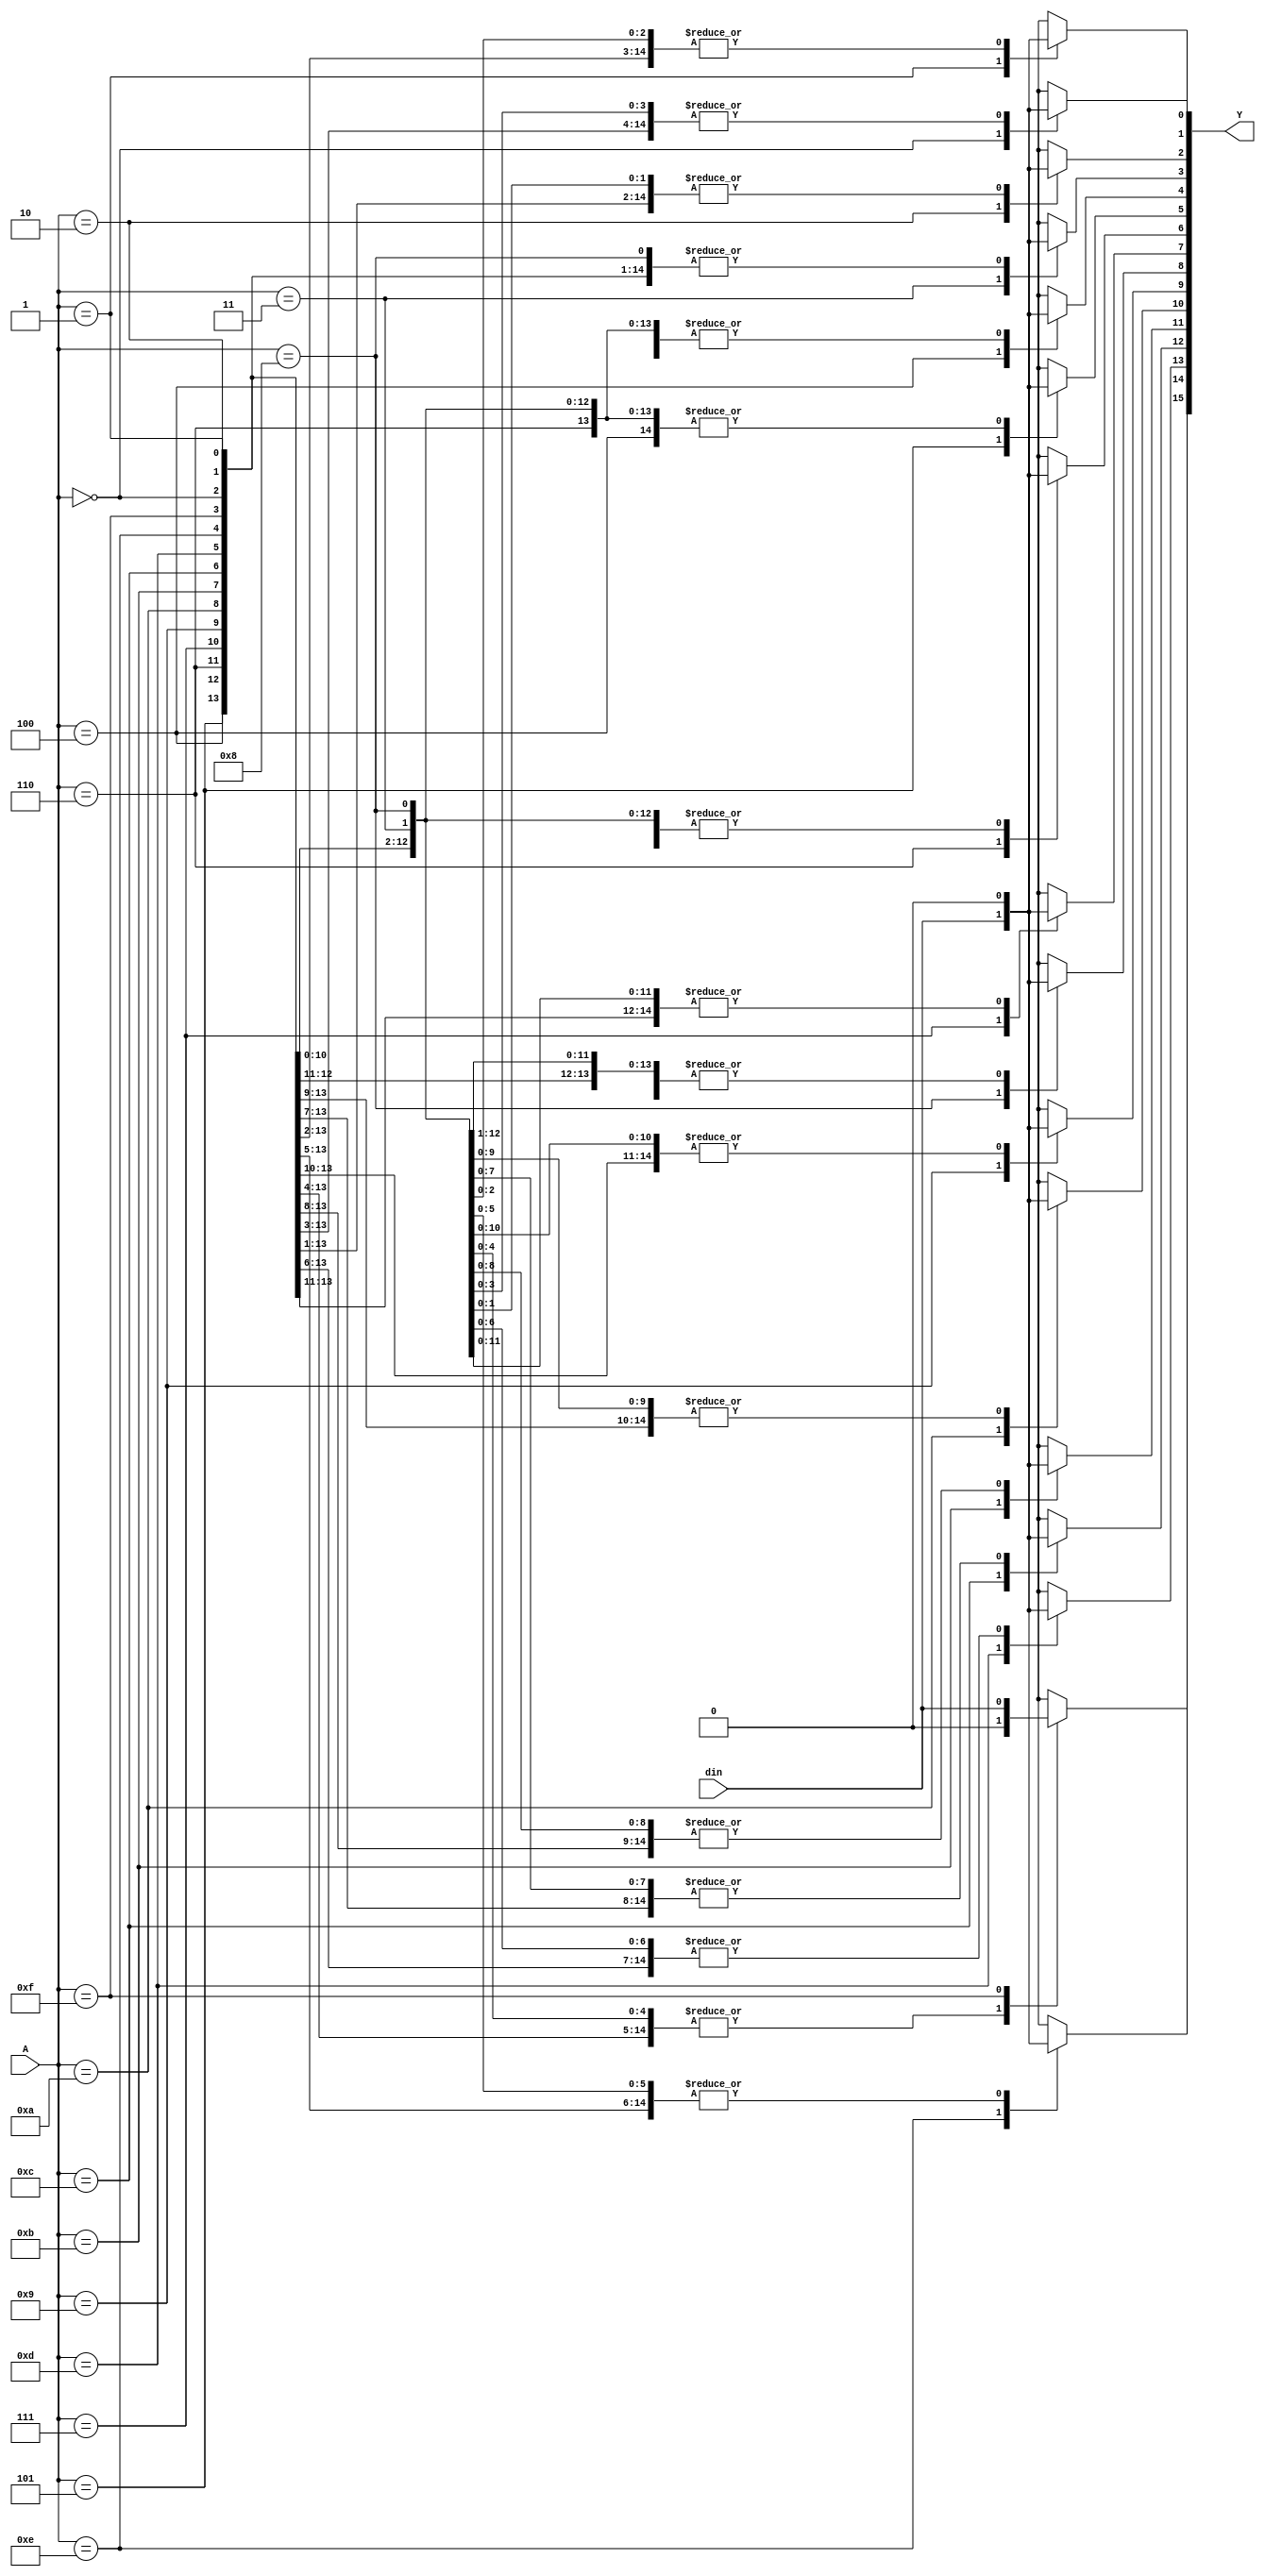
module aish_demux (output reg [15:0] Y, input din, input [3:0] A);
always @(Y, A) begin
    case (A)
        4'b0000 : begin Y[0] = din; Y[15:1] = 0; end
        4'b0001 : begin Y[1] = din; Y[0] = 0;  Y[15:2] = 0; end
        4'b0010 : begin Y[2] = din; Y[1:0] = 0;  Y[15:3] = 0; end
        4'b0011 : begin Y[3] = din; Y[2:0] = 0;  Y[15:4] = 0; end
        4'b0100 : begin Y[4] = din; Y[3:0] = 0;  Y[15:5] = 0; end
        4'b0101 : begin Y[5] = din; Y[4:0] = 0;  Y[15:6] = 0; end
        4'b0110 : begin Y[6] = din; Y[5:0] = 0;  Y[15:7] = 0; end
        4'b0111 : begin Y[7] = din; Y[6:0] = 0;  Y[15:8] = 0; end
        4'b1000 : begin Y[8] = din; Y[7:0] = 0;  Y[15:9] = 0; end
        4'b1001 : begin Y[9] = din; Y[8:0] = 0;  Y[15:10] = 0; end
        4'b1010 : begin Y[10] = din; Y[9:0] = 0;  Y[15:11] = 0; end
        4'b1011 : begin Y[11] = din; Y[10:0] = 0;  Y[15:12] = 0; end
        4'b1100 : begin Y[12] = din; Y[11:0] = 0;  Y[15:13] = 0; end
        4'b1101 : begin Y[13] = din; Y[12:0] = 0;  Y[15:14] = 0; end
        4'b1110 : begin Y[14] = din; Y[13:0] = 0;  Y[15] = 0; end
        4'b1111 : begin Y[15] = din; Y[14:0] = 0;  end
    endcase   
end
endmodule